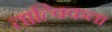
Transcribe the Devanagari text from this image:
तात्विकता